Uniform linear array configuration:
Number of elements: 12
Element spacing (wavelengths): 0.75
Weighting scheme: uniform
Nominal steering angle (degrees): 0
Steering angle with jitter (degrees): -1.705
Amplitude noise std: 0.05
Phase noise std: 0.05

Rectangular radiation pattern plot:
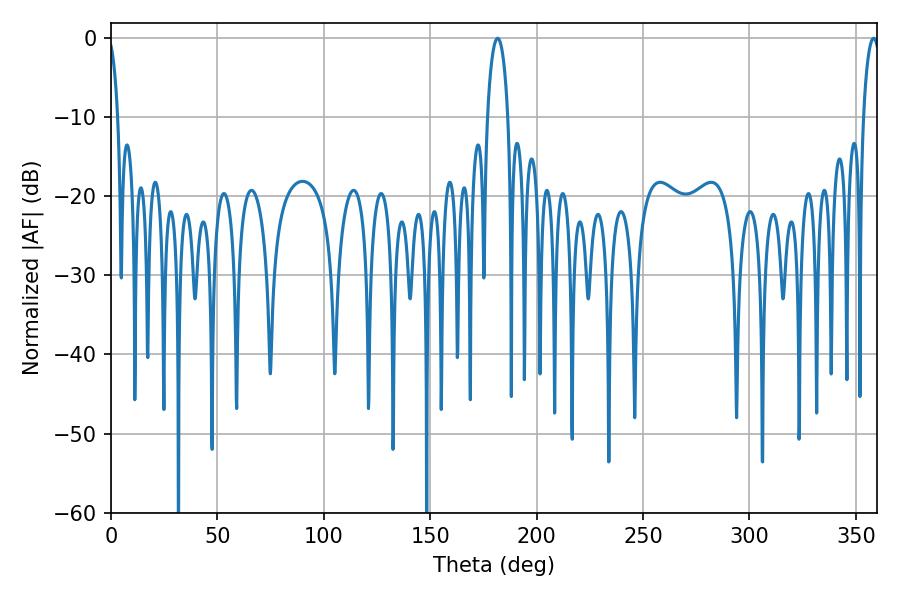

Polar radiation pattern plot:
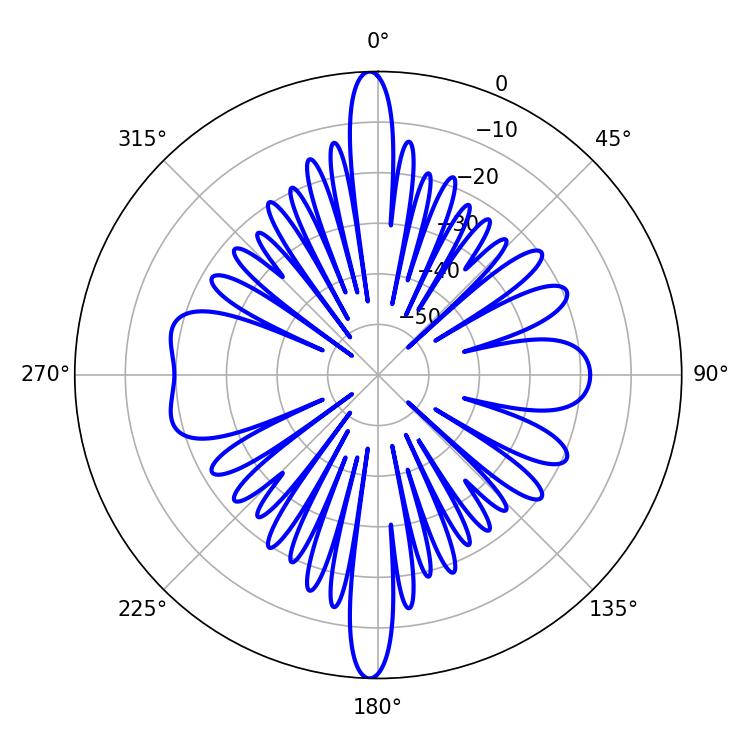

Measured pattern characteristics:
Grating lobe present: TRUE
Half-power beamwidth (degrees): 5.58
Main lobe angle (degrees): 181.62